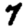
Digit: 7